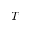
T